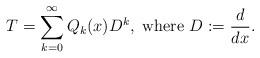
LaTeX: \begin{align*} T=\sum_{k=0}^\infty Q_k(x) D^k,\ \mbox{where } D:=\frac{d}{dx}.\end{align*}